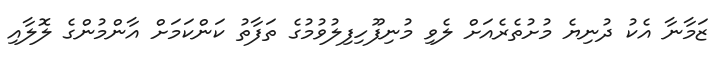
ޒަމާނާ އެކު ދުނިޔެ މުށުތެރެއަށް ލެވި މުނިފޫހިފިލުވުމުގެ ތަފާތު ކަންކަމަށް އާންމުންގެ ލޮލާއި